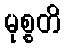
မုစ္စတိ